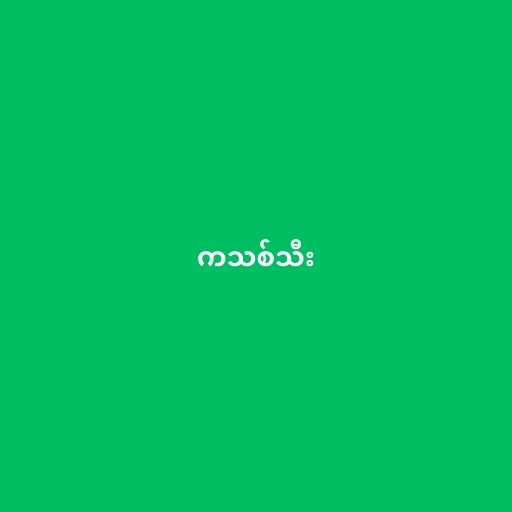
ကသစ်သီး